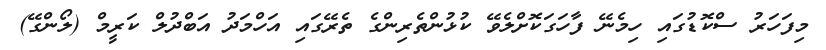
މިފަހަރު ސްކޮޑުގައި ހިމެނޭ ފާހަގަކޮށްލެވޭ ކުޅުންތެރިންގެ ތެރޭގައި އަހްމަދު އަބްދުލް ކަރީމް (ލޯންގޭ)